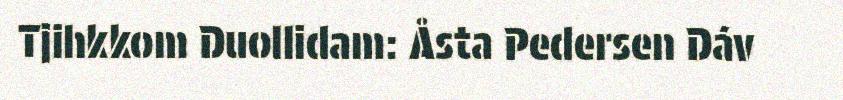
Tjihkkom Duollidam: Åsta Pedersen Dáv